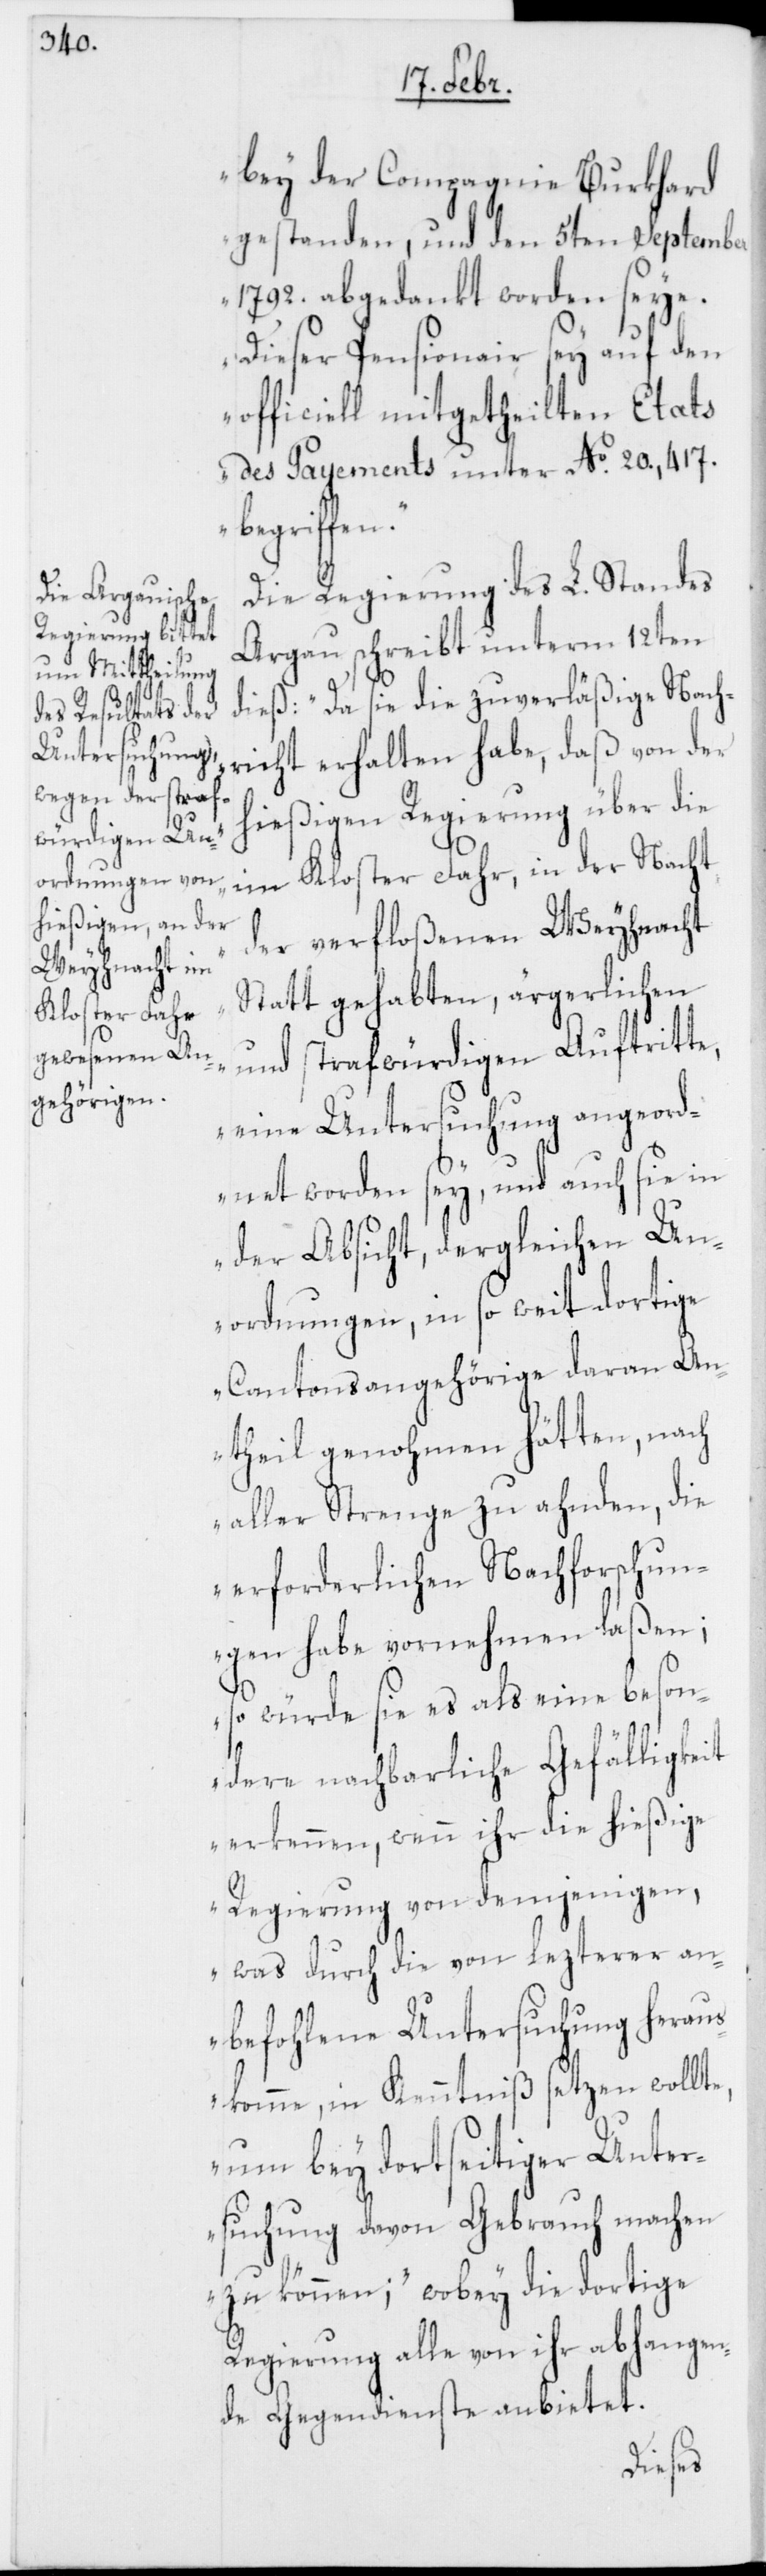
bey der Compagnie Burkhard
gestanden, und den 5ten September
1792. abgedankt worden seye.
Dieser Pensionair sey auf den
officiell mitgetheilten Etats
des Payements unter No. 20.,417.
begriffen.“
Die Regierung des L. Standes
Argau schreibt unterm 12ten
dieß: „Da sie die zuverläßige Nach¬
richt erhalten habe, daß von der
hießigen Regierung über die
im Kloster Fahr, in der Nacht
der verfloßenen Weyhnacht
Statt gehabten, ärgerlichen
und strafwürdigen Auftritte,
eine Untersuchung angeordnet
der Absicht, dergleichen Un¬
ordnungen, in so weit dortige
Cantonsangehörige daran An¬
theil genohmen hätten, nach
aller Strenge zu ahnden, die
erforderlichen Nachforschun¬
gen habe vornehmen laßen;
so würde sie es als eine beson¬
dere nachbarliche Gefälligkeit
erkennen, wenn ihr die hießige
Regierung von demjenigen,
was durch die von lezterer an¬
befohlene Untersuchung heraus
komme, in Kenntniß setzen wollte,
um bey dortseitiger Unte¬
rsuchung davon Gebrauch machen
zu können“; wobey die dortige
Regierung alle von ihr abhangen¬
de Gegendienste anbietet.